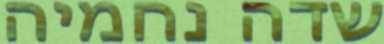
שדה נחמיה